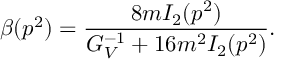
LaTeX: \beta ( p ^ { 2 } ) = \frac { 8 m I _ { 2 } ( p ^ { 2 } ) } { G _ { V } ^ { - 1 } + 1 6 m ^ { 2 } I _ { 2 } ( p ^ { 2 } ) } .